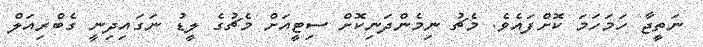
ނަތީޖާ ހަމަހަމަ ކޮށްފައެވެ. މެޗު ނިމެންދަނިކޮށް ސިޓީއަށް މެޗުގެ ލީޑު ނަގައިދިނީ ގެބްރިއަލް